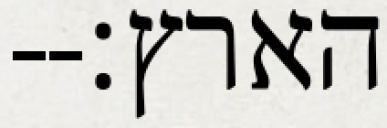
הארץ׃--